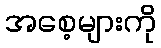
အစေ့များကို